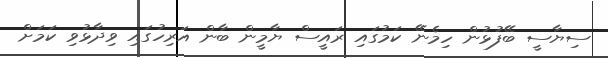
ސިޔާސީ ބޭފުޅުން ހިމެނޭ ކަމުގައި ރައީސް ޔާމީން ބާން އަރިހުގައި ވިދާޅުވި ކަމަށް